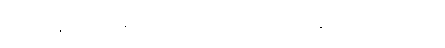
ဉာဏ်စိန်ဆိုတာ မွေးကတည်းကသူ့မျက်စိရှေ့တင်ကြီးလာတာ။